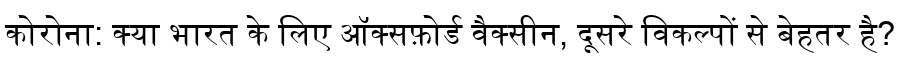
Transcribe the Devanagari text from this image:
कोरोना: क्या भारत के लिए ऑक्सफ़ोर्ड वैक्सीन, दूसरे विकल्पों से बेहतर है?